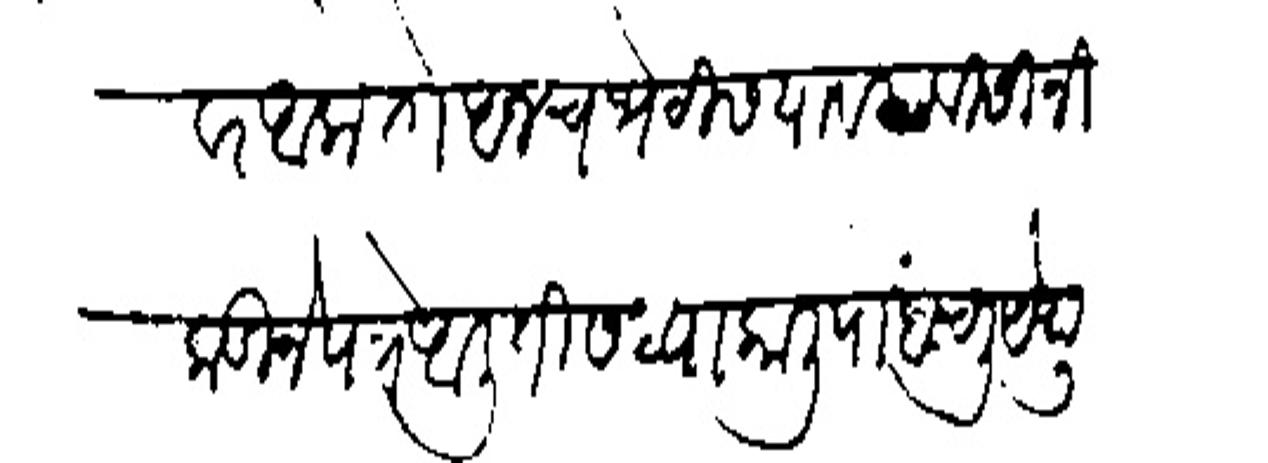
Transliteration (Devanagari): तिसगांवांवर आलो तो आजच भेटीस यावयाविसी निकडीने पत्र आली ती सध्याकाली पोहचली पेयून